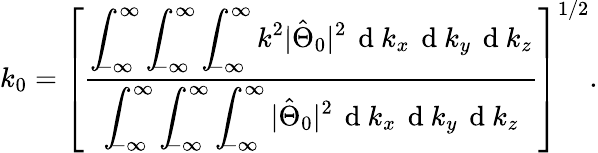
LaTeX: k_{0}=\left[\frac{\displaystyle\int_{\! \! -\infty}^{\infty}\displaystyle\int_{\! \! -\infty}^{\infty}\displaystyle\int_{\! \! -\infty}^{\infty}k^{2}|\hat{\Theta}_{0}|^{2}\, \mathrm{~d~}k_{x}\, \mathrm{~d~}k_{y}\, \mathrm{~d~}k_{z}}{\displaystyle\int_{\! \! -\infty}^{\infty}\displaystyle\int_{\! \! -\infty}^{\infty}\displaystyle\int_{\! \! -\infty}^{\infty}|\hat{\Theta}_{0}|^{2}\, \mathrm{~d~}k_{x}\, \mathrm{~d~}k_{y}\, \mathrm{~d~}k_{z}}\right]^{1/2}.